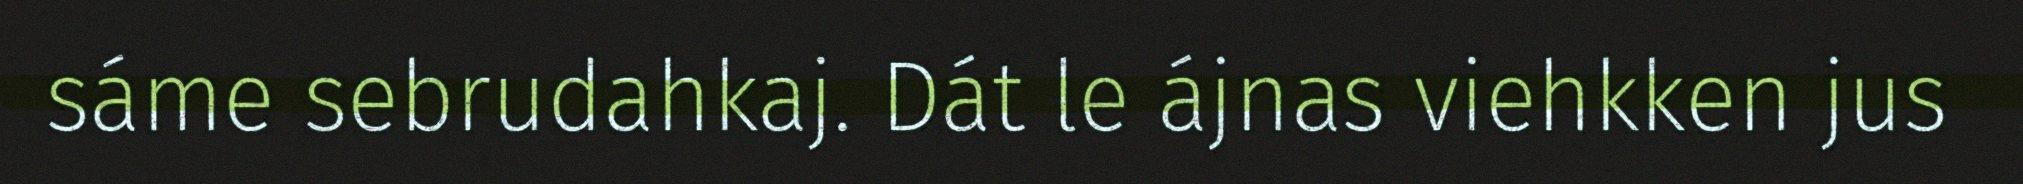
sáme sebrudahkaj. Dát le ájnas viehkken jus